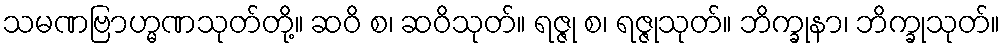
သမဏဗြာဟ္မဏသုတ်တို့။ ဆဝိ စ၊ ဆဝိသုတ်။ ရဇ္ဇု စ၊ ရဇ္ဇုသုတ်။ ဘိက္ခုနာ၊ ဘိက္ခုသုတ်။